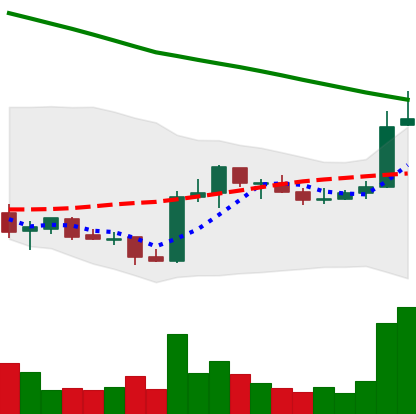
Ticker: ADA-USD
Chart end date: 2019-02-19
Forward return: -8.02%
Label: down_7plus